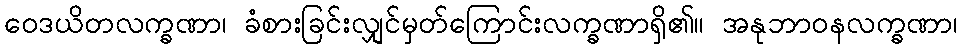
ဝေဒယိတလက္ခဏာ၊ ခံစားခြင်းလျှင်မှတ်ကြောင်းလက္ခဏာရှိ၏။ အနုဘာဝနလက္ခဏာ၊